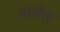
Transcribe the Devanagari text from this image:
अल्बेस